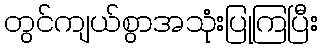
တွင်ကျယ်စွာအသုံးပြုကြပြီး